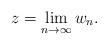
LaTeX: \begin{align*}z = \lim_{n\rightarrow \infty} w_n.\end{align*}